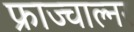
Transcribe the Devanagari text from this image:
फ्राज्चाल्नर